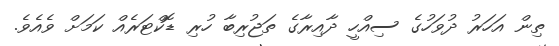
ތިން އަހަރު ދުވަހުގެ ސިއްހީ ދާއިރާގެ ތަޖުރިބާ ހުރި ޑޮކްޓަރެެއް ކަމަށް ވެއެވެ.